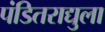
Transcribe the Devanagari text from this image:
पंडितराद्युला